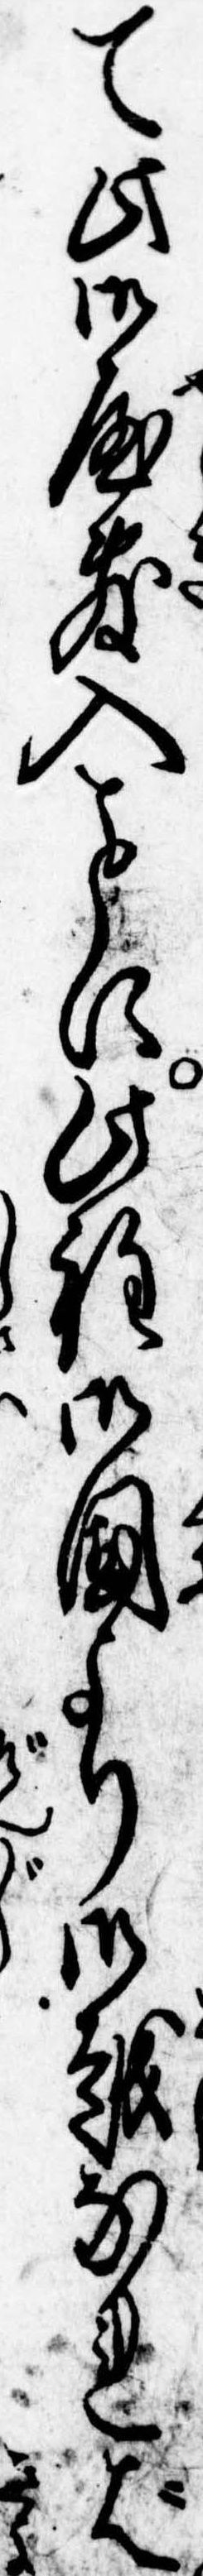
て此御屋敷入に此程御国より御越なれば